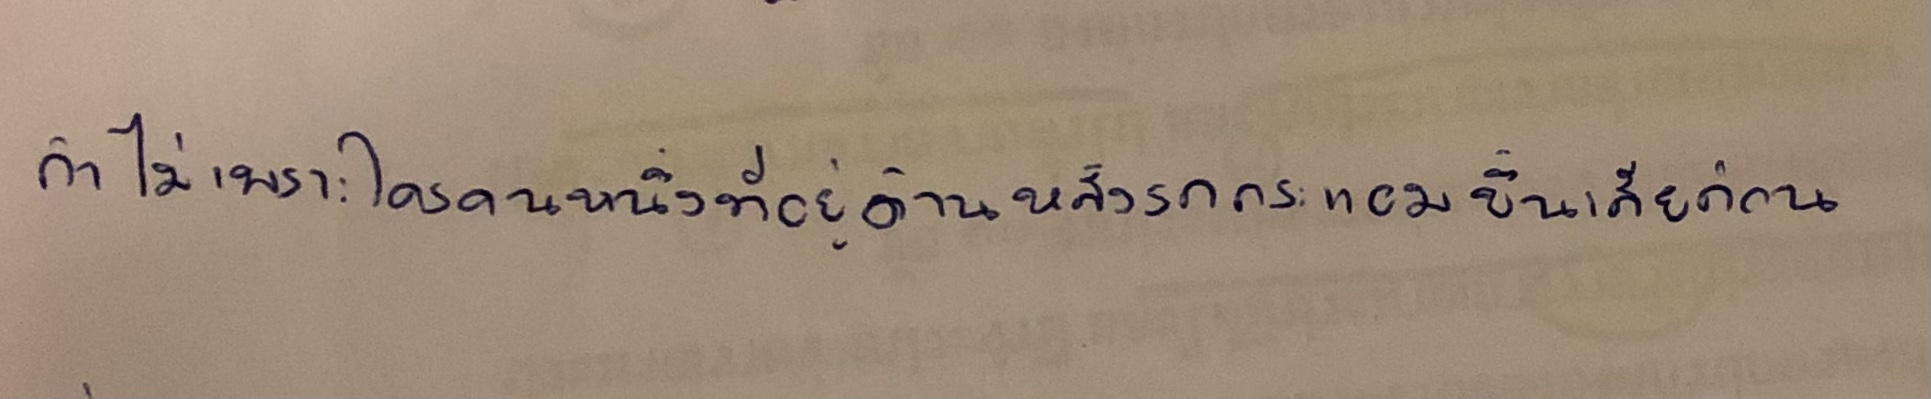
ถ้าไม่เพราะใครคนหนึ่งที่อยู่ด้านหลังรถกระแอมขึ้นเสียก่อน